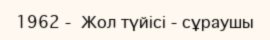
1962 -  Жол түйісі - сұраушы